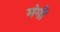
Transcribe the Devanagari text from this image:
मंगी